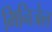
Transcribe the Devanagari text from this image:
मिनिजेल